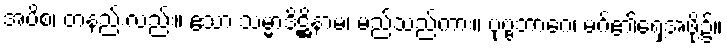
အပိစ၊ တနည်းလည်း။ ဧသာ သမ္မာဒိဋ္ဌိနာမ၊ မည်သည်ကား။ ပုဗ္ဗဘာဂေ၊ မဂ်၏ရှေ့အဖို့၌။